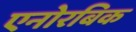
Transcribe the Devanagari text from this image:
एनोरबिक